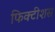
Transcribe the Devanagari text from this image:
फिक्टीशस